Report on horse surra - Volume II, Part II
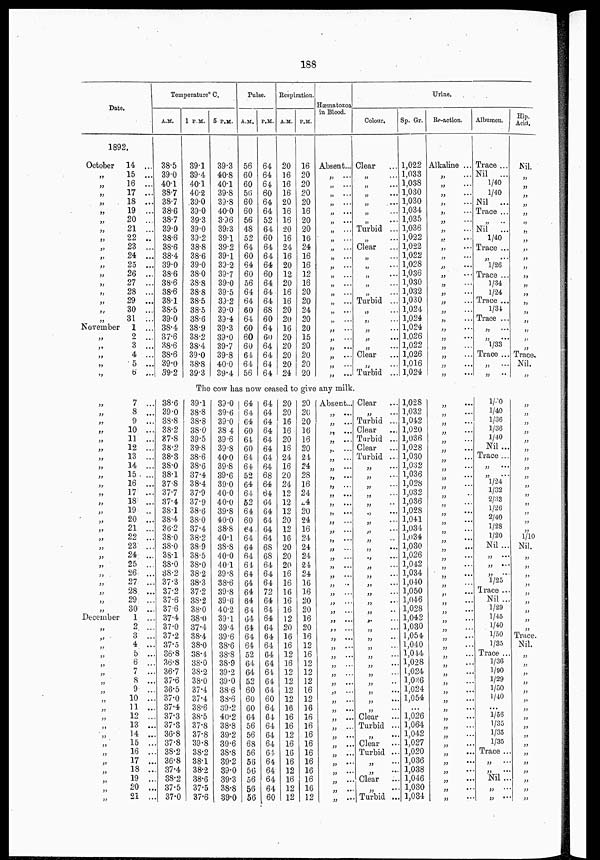
188
Date.
1892.
October
„
„
„
„
„
„
„
„
„
„
„
„
„
„
„
„
„
November
„
„
„
„
„
14 ...
15 ...
16 ...
17 ...
18 ...
19 ...
20 ...
21 ...
22 ...
23 ...
24 ...
25 ...
26 ...
27 ...
28 ...
29 ...
30 ...
31 ...
1 ...
2 ...
3 ...
4 ...
5 ...
6 ...
Temperature° C.
A.M.
38.5
39.0
40.1
38.7
38.7
38.6
38.7
39.0
38.6
38.6
38.4
39.0
38.6
38.6
38.6
38.1
38.5
39.0
38.4
37.6
38.6
38.6
39.0
39.2
1 P.M.
39.1
39.4
40.1
40.2
39.0
39.0
39.3
39.0
39.2
38.8
38.6
39.0
38.0
38.8
38.8
38.5
38.5
38.6
38.9
38.2
38.4
39.0
38.8
39.3
5 P.M.
39.3
40.8
40.1
39.8
39.8
40.0
39.6
39.3
39.1
39.2
39.1
39.2
39.7
39.0
39.5
39.2
39.0
39.4
39.3
39.0
39.7
39.8
40.0
39.4
Pulse.
A.M.
56
60
60
56
60
60
56
48
52
64
60
64
60
56
64
64
60
64
60
60
60
64
64
56
P.M.
64
64
64
60
64
64
52
64
60
64
64
64
60
64
64
64
68
60
64
60
64
64
64
64
Respiration.
A.M.
20
16
16
16
20
16
16
20
16
24
16
20
12
20
16
16
20
20
16
20
20
20
20
24
P.M.
16
20
20
20
20
16
20
20
16
24
16
16
12
16
20
20
24
20
20
15
20
20
20
20
Hæmatozoa
in Blood.
Absent...
„
...
„
...
„
...
„
...
„
...
„
...
„
...
„
...
„
„
...
„
...
„
...
„
...
„
...
„
...
„
...
„
..
„
„
...
„
...
„
...
„
...
„
...
Urine.
Colour.
Clear ...
„
...
„
...
„
...
„
...
„ ...
„
...
Turbid ...
„
...
Clear ...
„ ...
„
...
„
...
„
...
„
...
Turbid ...
„ ...
„ ...
„
...
„
...
„ ...
Clear ...
„
...
Turbid ...
Sp. Gr.
1,022
1,033
1,038
1,030
1,030
1,034
1,035
1,036
1,022
1,022
1,022
1,028
1,036
1,030
1,032
1,030
1,024
1,024
1,024
1,026
1,022
1,026
1,016
1,024
Reaction.
Alkaline ...
„
„
„
„
„
„
„
...
„
...
„
...
„
...
„
...
„
....
„
„
„
„
„
„
...
„
„
„
„
...
„
...
Albumen.
Trace ...
Nil
...
1/40
1/40
Nil
...
Trace ...
„
Nil
...
1/40
Trace ...
„ ...
1/26
Trace ...
1/34
1/24
Trace ...
1/34
Trace ...
„
„
1/33
Trace ...
„
„
...
Hip.
Acid.
Nil.
„
„
„
„
„
„
„
„
„
„
„
„
„
„
„
„
„
„
„
„
Trace.
Nil.
„
The cow has now ceased to give any milk.
„
„
„
„
„
„
„
„
„
„
„
„
„
„
„
„
„
„
„
„
„
„
„
„
December
„
„
„
„
„
„
„
„
„
„
„
„
„
„
„
„
„
„
„
„
7 ...
8 ...
9 ...
10 ...
11 ...
12 ...
13 ...
14 ...
15 ...
16 ...
17 ...
18 ...
19 ..
20 ...
21 ...
22 ...
23 ...
24 ...
25 ...
26 ...
27 ...
28 ...
29 ...
30 ...
1 ...
2 ...
3 ...
4 ...
5 ...
6 ...
7 ...
8 ...
9 ...
10 ..
11 ...
12 ...
13 ...
14 ...
15 ...
16 ...
17 ...
18 ...
19 ...
20 ...
21 ...
38.6
39.0
38.8
38.2
37.8
38.2
38.3
38.0
38.1
37.8
37.7
37.4
38.1
38.4
36.2
38.0
38.0
38.1
38.0
38.2
37.3
37.2
37.6
37.6
37.4
37.0
37.2
37.5
36.8
36.8
36.7
37.6
36.5
37.0
37.4
37.3
37.3
36.8
37.8
38.2
36.8
37.4
38.2
37.5
37.0
39.1
38.8
38.8
38.0
39.5
39.8
38.6
38.6
37.4
38.4
37.9
37.9
38.6
38.0
37.4
38.2
38.9
38.5
38.0
38.2
38.3
37.2
38.2
38.0
38.0
37.4
38.4
38.0
38.4
38.0
38.2
38.0
37.4
37.4
38.6
38.5
37.8
37.8
39.8
38.2
38.1
38.2
38.6
37.5
37.6
39.0
39.6
39.0
38 4
39.6
39.8
40.0
39.8
39.6
39.0
40.0
40.0
39.8
40.0
38.8
40.1
38.8
40.0
40.1
39.8
38.6
39.8
39.6
40.2
39.1
39.4
39.6
38.6
38.8
38.9
39.2
39.0
38.6
38.6
39.2
40.2
38.8
39.2
39.6
38.8
39.2
39.0
39.3
38.8
39.0
64
84
G4
60
64
60
64
64
52
64
64
52
64
60
64
64
64
64
61
64
64
64
64
64
64
64
64
64
52
64
64
52
60
60
60
64
56
56
68
56
56
56
56
56
56
64
64
64
64
64
64
64
64
68
64
64
64
64
64
64
64
68
68
64
64
64
72
64
64
64
64
64
64
64
64
64
64
64
60
64
64
64
64
64
64
64
64
64
64
60
20
20
16
16
20
18
24
16
20
24
12
12
12
20
12
16
20
20
20
16
16
16
16
16
12
20
16
16
12
16
12
12
12
12
16
16
16
12
16
16
16
12
16
12
12
20
20
20
16
16
20
24
24
28
16
24
24
20
24
16
24
24
24
24
24
16
16
20
20
16
20
16
12
16
12
12
12
16
12
16
16
16
16
16
16
16
16
16
16
12
Absent...
„ ...
„
...
„ ...
„ ...
„ ...
„
...
„
...
„ ...
„
„
...
„
...
„
...
„
„
...
„ ...
„
„
...
„
...
„
...
„
...
„
....
„
„
...
„
...
„
„
...
„
...
„
...
„
...
„
„
...
„
„
...
„
....
„
...
„
...
„
...
„
...
„
...
„
...
„
...
„
...
„
...
„
...
Clear
„
Turbid ...
Clear
...
Turbid ...
Clear
Turbid ...
„
„
„
„
...
„
...
„ ...
„
...
„ ...
„
...
„
...
.,
...
„
...
„
...
„
„
„
...
„
...
„ ...
„
„
...
„
...
„
...
„
...
„
„
...
„
...
„
...
„
...
Clear
Turbid ...
„
...
Clear
Turbid ...
„
...
„
...
Clear
„
...
Turbid ...
1,028 .
1,032
1,042
1,020
1,036
1,028
1,030
1,032
1,036
1,028
1,032
1,036
1,028
1,041
1,034
1,034
1,030
1,026
1,042
1,034
1,040
1,050
1,046
1,028
1,042
1,030
1,054
1,040
1,014
1,028
1,024
1,036
1,024
1,054
...
1,026
1,064
1,042
1,027
1,020
1,036
1,038
1,046
1,030
1,034
„
...
„
...
„
...
„
...
„
...
„
...
„
...
„
„
„ ...
„
„ ...
„ ...
„ ...
„
„
„
...
„ ...
„
„
...
„
...
„
„ ...
„ ...
„
...
„
„
...
„
...
„
..
„
...
„
...
„
„
...
„
„
...
„
„
„
„
...
„
...
„
...
„
„
...
„
...
„
1/20
1/40
1/36
1/36
1/40
Nil ...
Trace ...
„
„
1/24
1/32
2/33
1/26
2/40
1/28
1/20
Nil ...
„
...
„
...
„
1/25
Trace ...
Nil ...
1/29
1/45
1/40
1/50
1/35
Trace ...
1/36
1/90
1/29
1/50
1/40
...
1/56
1/35
1/35
1/35
Trace ...
„
„
...
Nil ...
„
„
...
„
„
„
„
„
„
„
„
„
„
„
„
„
„
„
1/10
Nil.
„
„
„
„
„
„
„
„
„
Trace.
Nil.
„
„
„
„
„
„
„
„
„
„
„
„
„
„
„
„
„